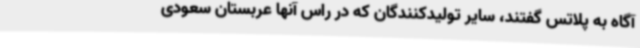
آگاه به پلاتس گفتند، سایر تولیدکنندگان که در راس آنها عربستان سعودی